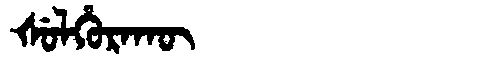
Manchu: ᡧᡠᠯᡥᡠᡵᠠᡴᡡ
Romanization: ŠULHURAKŪ